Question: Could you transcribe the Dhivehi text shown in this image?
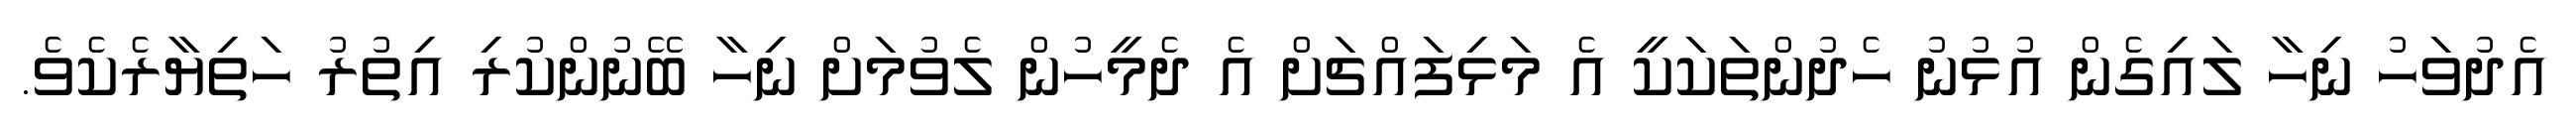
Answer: އެދުވަހު ނިހާ ލައިގެން އުޅުނު ހެދުންތަކަކީ އެ މަޅިފައްޗަށް އެ ދެމީހުން ލެވުމަށް ނިހާ ބޭނުންކުރި އިތުރު ހަތިޔާރެކެވެ.